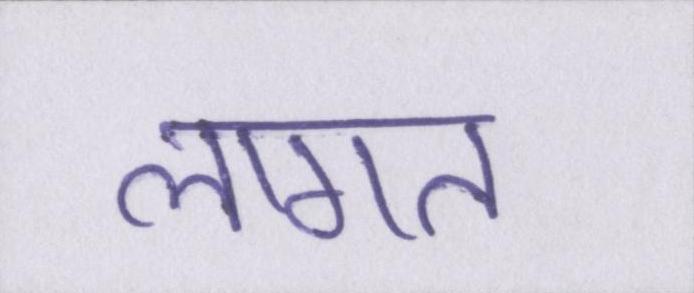
लागत